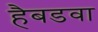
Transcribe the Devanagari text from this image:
हैबडवा